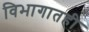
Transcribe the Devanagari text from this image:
विभागातही